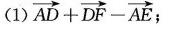
(1) $$\overrightarrow{AD} + \overrightarrow{DF} - \overrightarrow{AE}$$